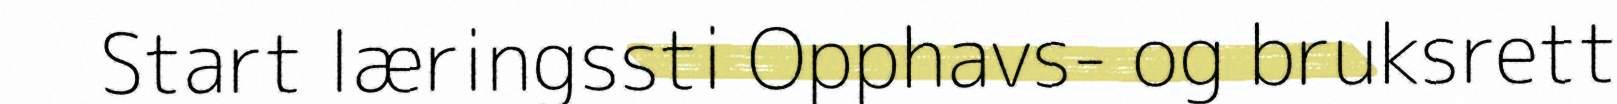
Start læringssti Opphavs- og bruksrett